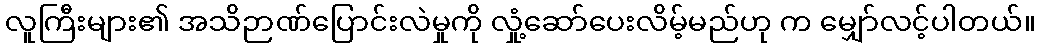
လူကြီးများ၏ အသိဉာဏ်ပြောင်းလဲမှုကို လှုံ့ဆော်ပေးလိမ့်မည်ဟု က မျှော်လင့်ပါတယ်။